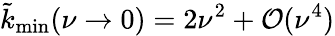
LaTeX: \tilde{k}_{\mathrm{min}}(\nu\rightarrow 0)=2\nu^{2}+\mathcal{O}(\nu^{4})